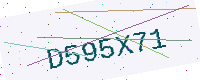
Text: D595X71